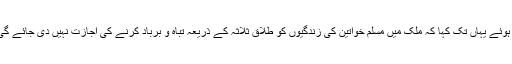
انھوں نے ایک طرح سے دھمکی آمیز زبان استعمال کرتے ہوئے یہاں تک کہا کہ ملک میں مسلم خواتین کی زندگیوں کو طلاق ثلاثہ کے ذریعہ تباہ و برباد کرنے کی اجازت نہیں دی جائے گی اور ہرحال میں اُن خواتین کے حقوق کا تحفظ کیا جائے گا۔